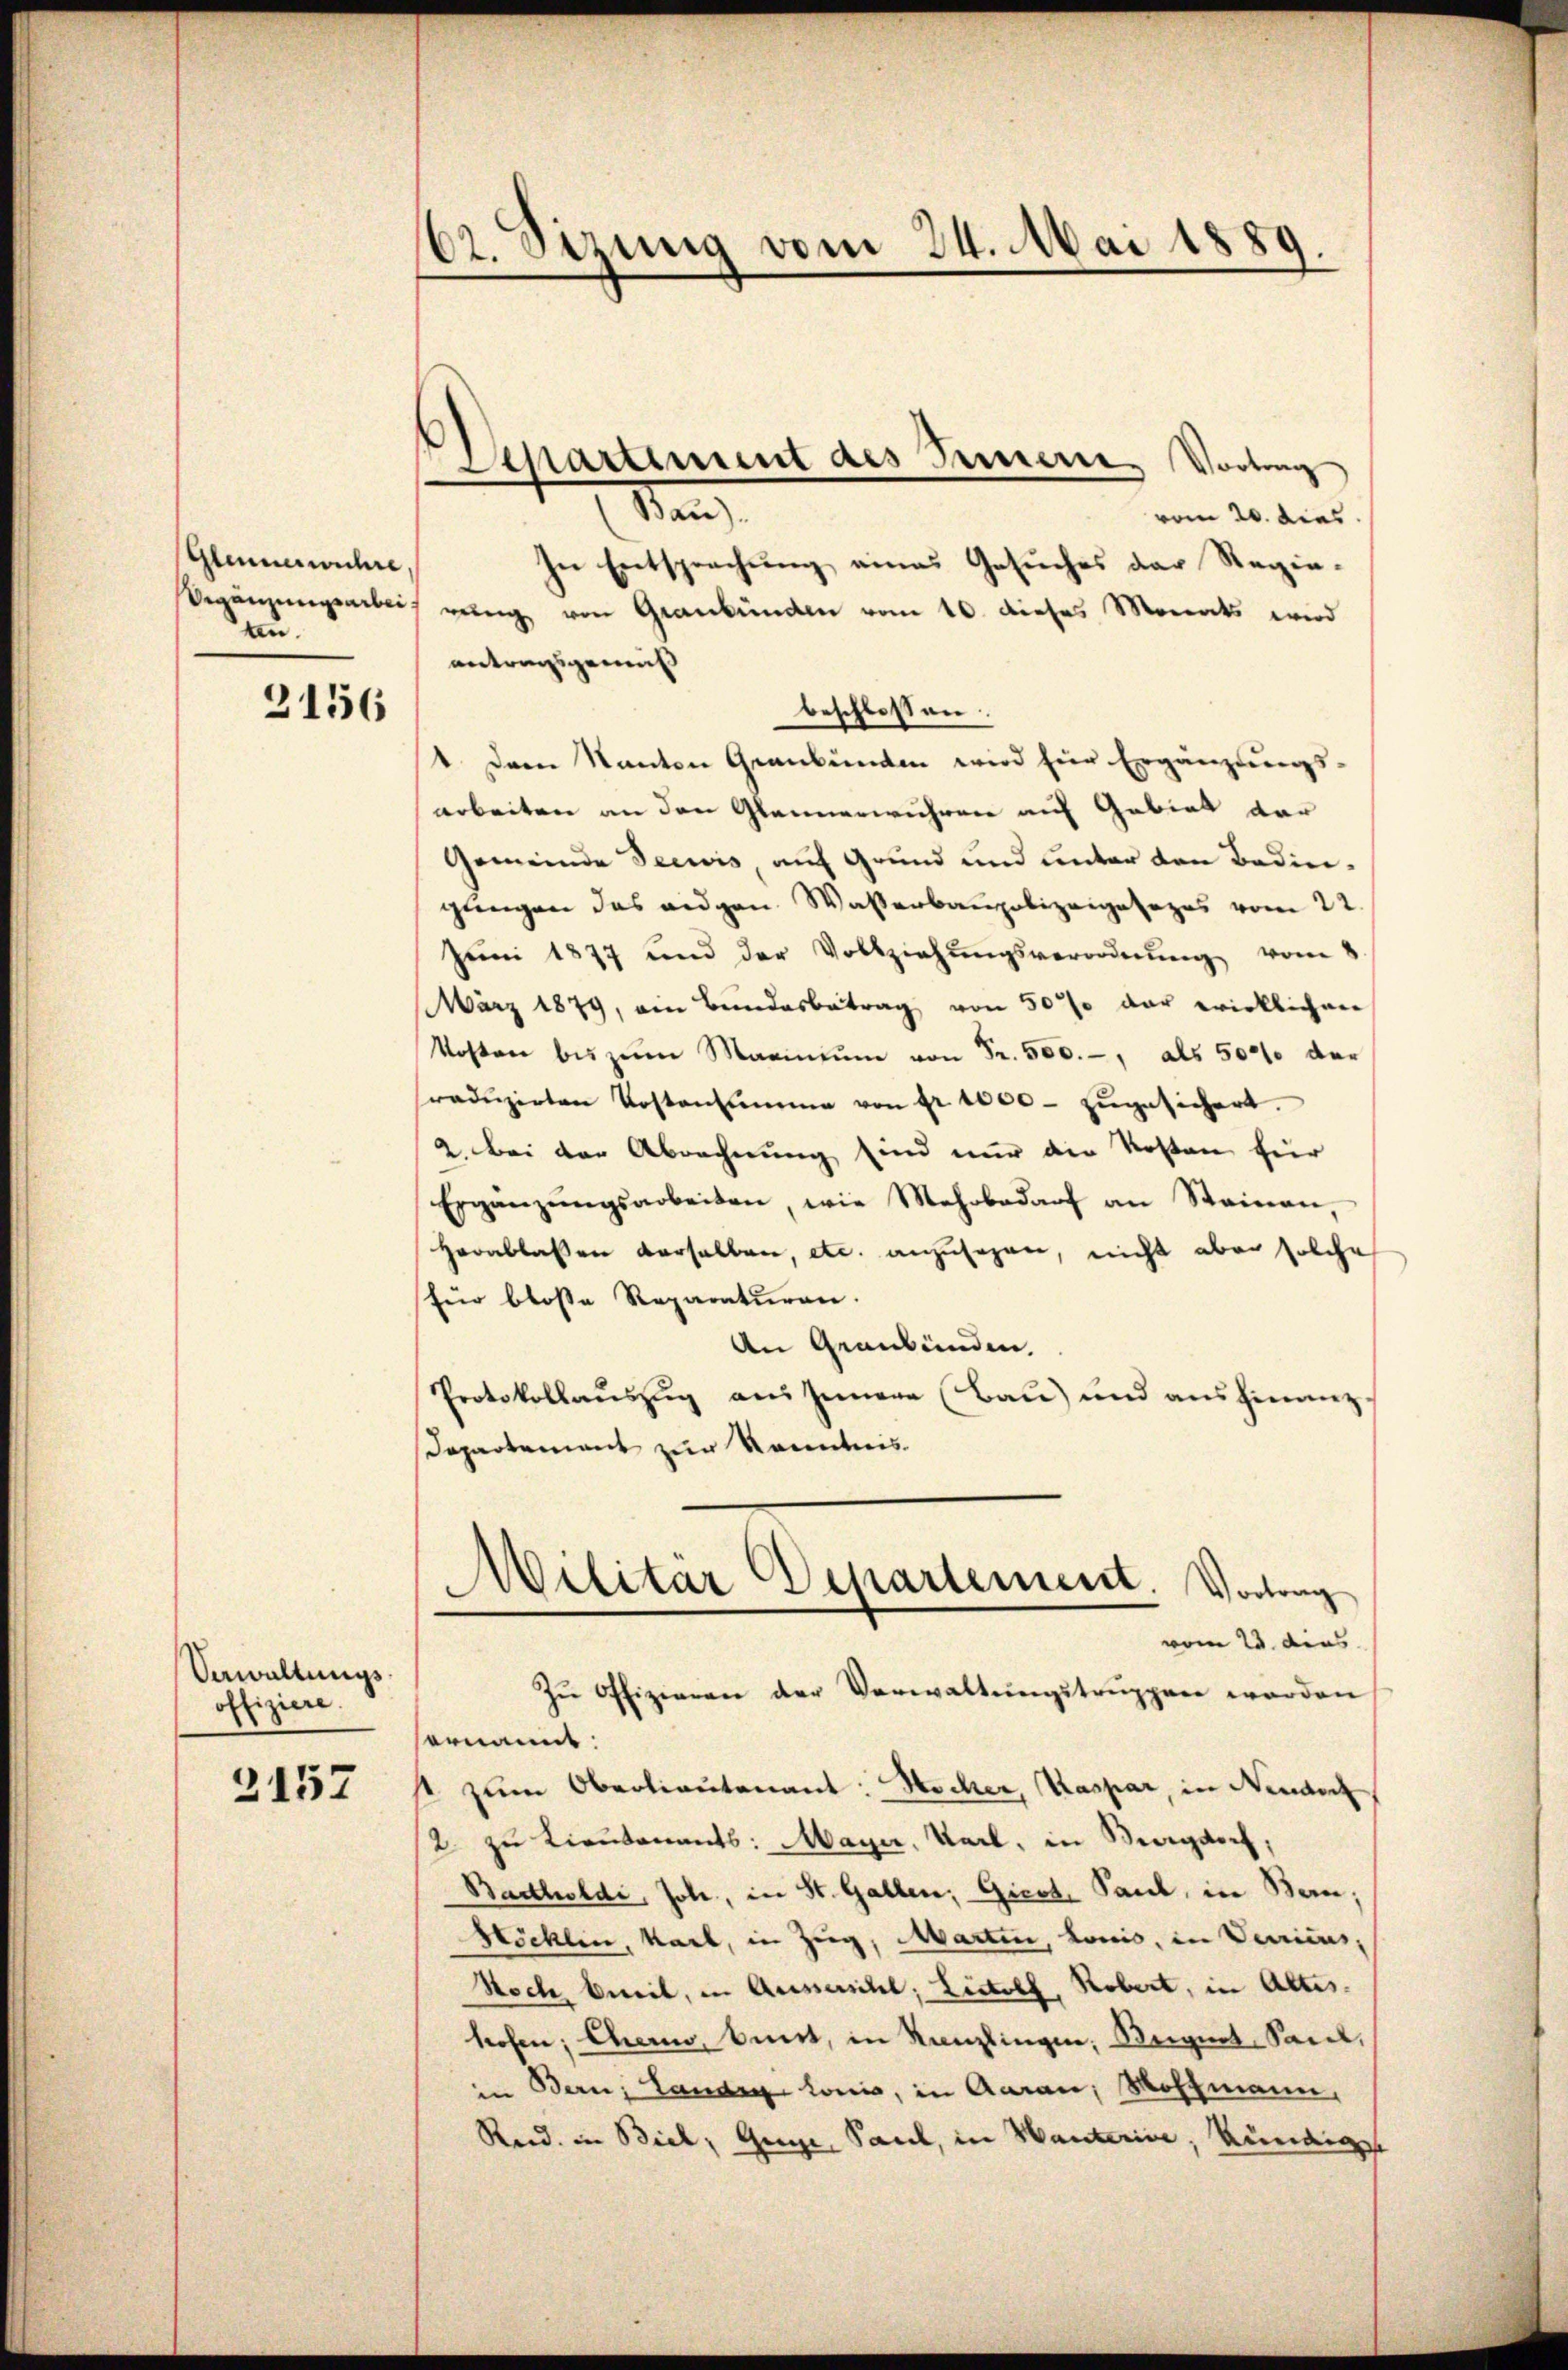
Glümerwuhre
Segennungsarbei
au.

3156

Verwaltungsoffiziere.

2157

62. Sizung vom 24. Mai 1889.

Gartement des Innere Vortrag

Man
vom 20. dies
In Entsprechung eines Gesuches der Regierŭng von Graubünden vom 10. dieses Monats wird
antragsgemäß
beschlossen.
1. Dem Kanton Graubünden wird hier Ergänzungs-
arbeiten an den Glaunerwuhren auf Gebiet dar
Gemeinde Seewis, auf Grund und unter den Bedingungen das eidgen. Wasserbaupolizeigesezes vom 22
Jŭni 1877 und der Vollziehŭngsverordnŭng vom 8.
März 1879, ein Bundesbetrag von 50% der wirklichen
Kosten bis zŭm Marinium von Fr. 500.-, als 5000 der
radŭzirten Kostensumme von fr. 1000 zŭgesichert.
2. Bei der Abrechnung sind nur die Kosten für
Ergänzŭngsarbeiten, wie Mehrbedarf an Stainen,
Herablassen derselben, etc. anzusehen, nicht aber solche
für blosse Reparaturen.
An Graubünden.
Protokollauszug aus Innere (Bau) und ausfinanz
Departement zur Kenntnis
Militär Departement. Vortrag
vom 23. dies
Zŭ Offizieren der Verwaltŭngstrŭppen worden
ernannt:
 zum Oberlieutenant: Hocher, Kaspar, in Neudorf
2. zu Lieutenants: Maÿer, Sail, in Magdorf,
Bartholdi, Joh., in St. Gallen, Giest, Paul, in Bern,
Höcklin, kart, in Zug, Martin, Lonio, in Verricus,
Noch, beeil, in Aussersihl, Listolf, Robert, in Altes.
hofen, eher bunt, in Kanzlingen, Beignet-Sacel,
in Bern, Landen lonis, in Aarau, Hoffmann,
Reid. in Biel, Guge, Paul, in Wanterine, kündig